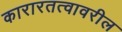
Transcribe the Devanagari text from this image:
कारारतत्वावरील